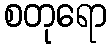
စတုရော